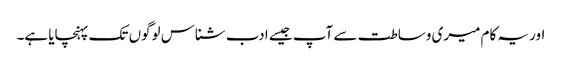
اور یہ کام میری وساطت سے آپ جیسے ادب شناس لوگوں تک پہنچایا ہے۔